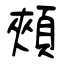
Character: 頰